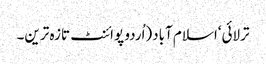
ترلائی‘اسلام آباد(اُردو پوائنٹ تازہ ترین۔